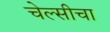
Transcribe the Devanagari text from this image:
चेल्सीचा